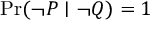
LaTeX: \operatorname* { P r } ( \lnot P \mid \lnot Q ) = 1